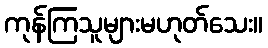
ကုန်ကြသူများမဟုတ်သေး။